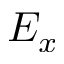
E _ { x }